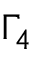
\Gamma _ { 4 }